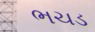
ભચડ